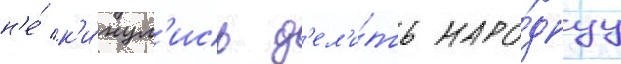
н'е́ к'и́нул'ись д'ел'и́ть наро́днуу